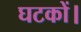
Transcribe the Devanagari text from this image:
घटकों।